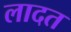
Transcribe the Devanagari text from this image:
लादत